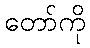
တော်ကို